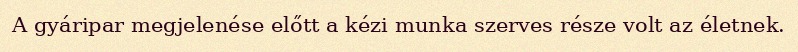
A gyáripar megjelenése előtt a kézi munka szerves része volt az életnek.